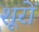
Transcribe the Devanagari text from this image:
शूरों